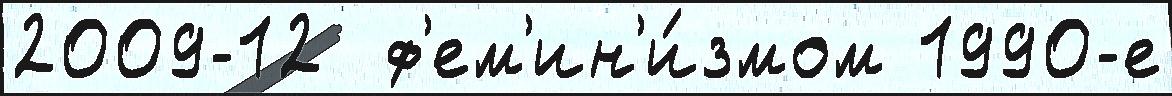
2009-12  ф'ем'ин'и́змом 1990-е